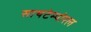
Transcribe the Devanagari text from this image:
साथटेम्पोरल